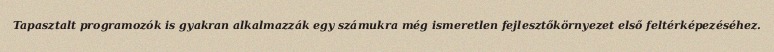
Tapasztalt programozók is gyakran alkalmazzák egy számukra még ismeretlen fejlesztőkörnyezet első feltérképezéséhez.